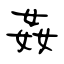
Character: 姦